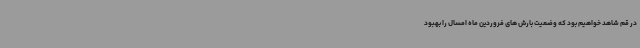
در قم شاهد خواهیم بود که وضعیت بارش های فروردین ماه امسال را بهبود